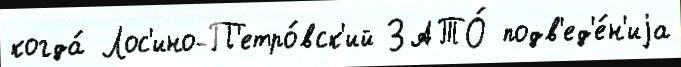
когда́ Лос'ино-П'етро́вск'ий ЗАТО́ подв'ед'е́н'иjа